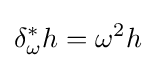
\delta _{\omega }^{*}h=\omega ^{2}h